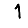
Digit: 1